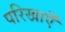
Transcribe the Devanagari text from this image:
परिखाएँ